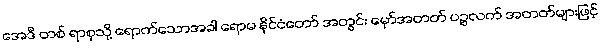
အေဒီ တစ် ရာစုသို့ ရောက်သောအခါ ရောမ နိုင်ငံတော် အတွင်း မှော်အတတ် ပဉ္စလက် အတတ်များဖြင့်